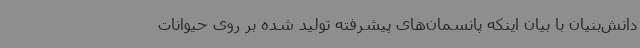
دانش‌بنیان با بیان اینکه پانسمان‌های پیشرفته تولید شده بر روی حیوانات